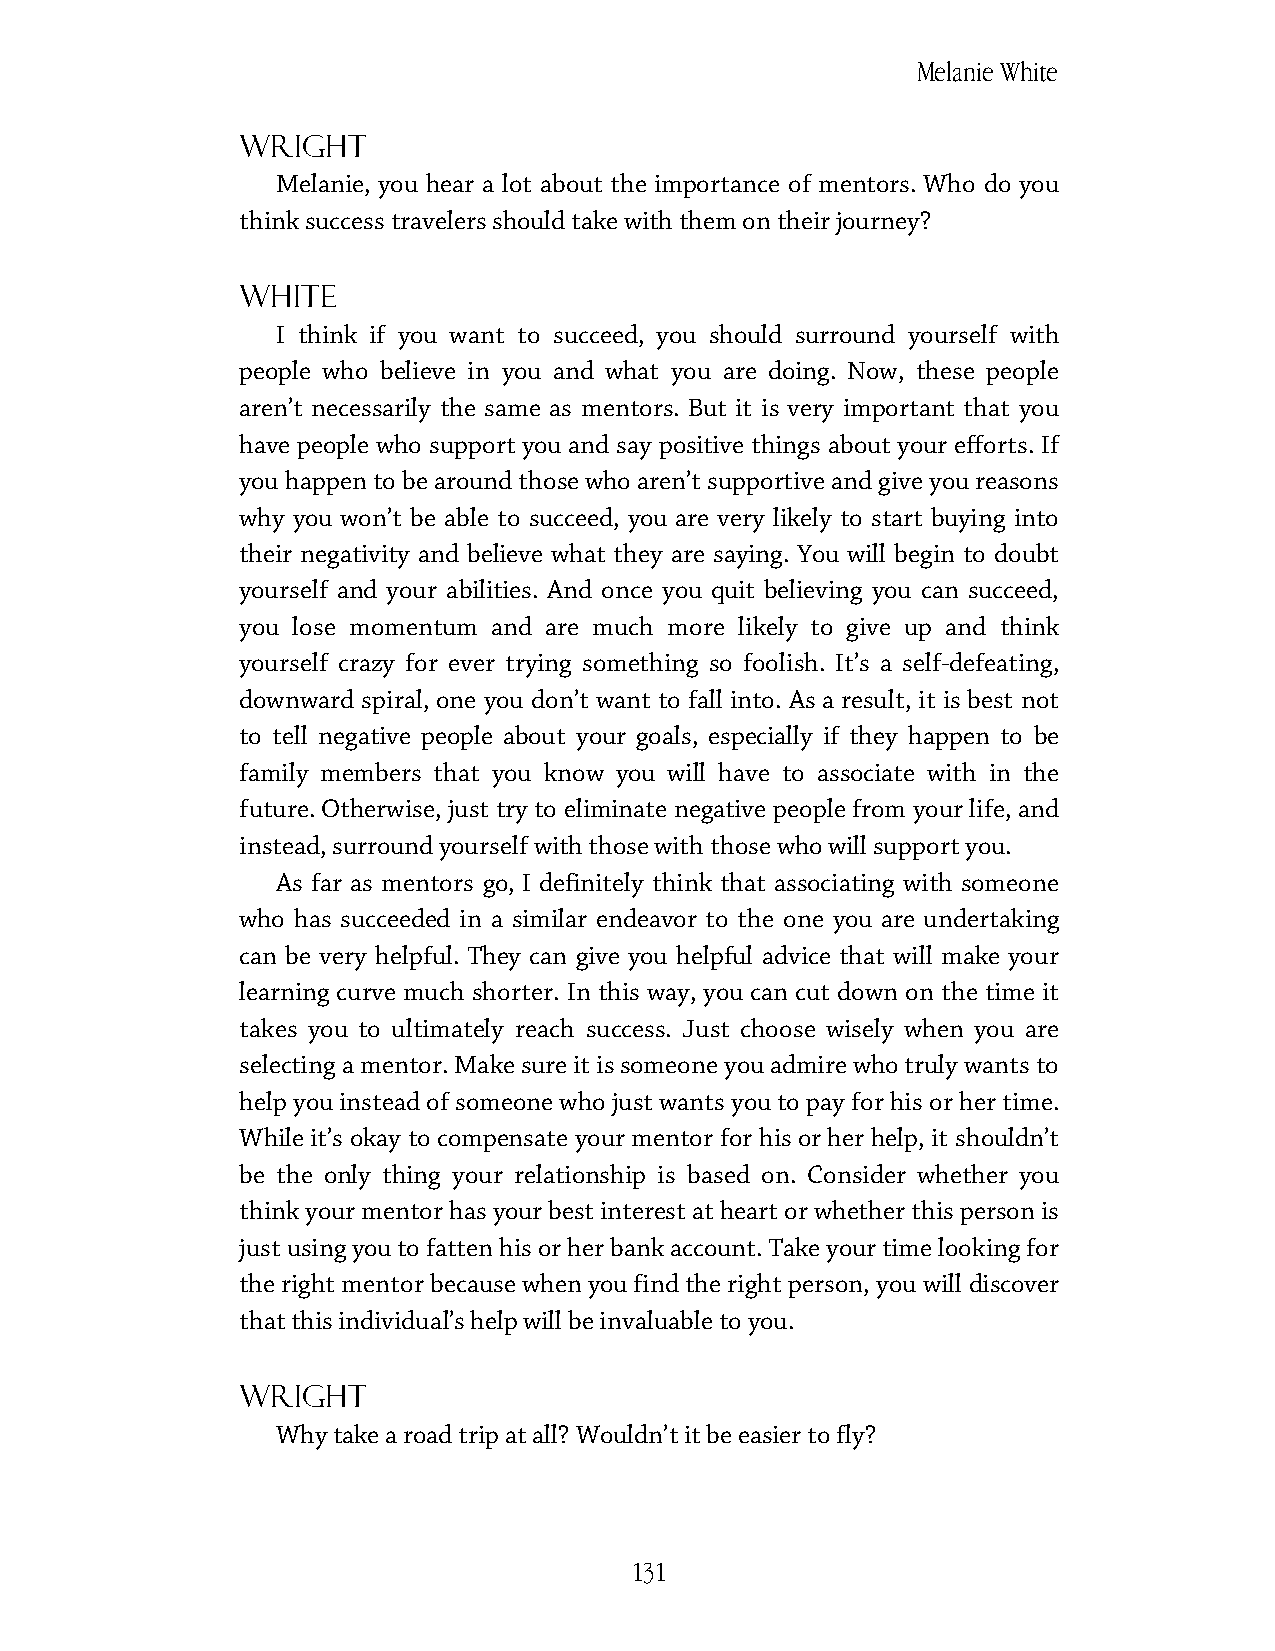
Melanie White
 Wright
 Melanie, you hear a lot about the importance of mentors. Who do you
 think success travelers should take with them on their journey?
 White
 I think if you want to succeed, you should surround yourself with
 people who believe in you and what you are doing. Now, these people
 aren’t necessarily the same as mentors. But it is very important that you
 have people who support you and say positive things about your efforts. If
 you happen to be around those who aren’t supportive and give you reasons
 why you won’t be able to succeed, you are very likely to start buying into
 their negativity and believe what they are saying. You will begin to doubt
 yourself and your abilities. And once you quit believing you can succeed,
 you lose momentum and are much more likely to give up and think
 yourself crazy for ever trying something so foolish. It’s a self-defeating,
 downward spiral, one you don’t want to fall into. As a result, it is best not
 to tell negative people about your goals, especially if they happen to be
 family members that you know you will have to associate with in the
 future. Otherwise, just try to eliminate negative people from your life, and
 instead, surround yourself with those with those who will support you.
 As far as mentors go, I definitely think that associating with someone
 who has succeeded in a similar endeavor to the one you are undertaking
 can be very helpful. They can give you helpful advice that will make your
 learning curve much shorter. In this way, you can cut down on the time it
 takes you to ultimately reach success. Just choose wisely when you are
 selecting a mentor. Make sure it is someone you admire who truly wants to
 help you instead of someone who just wants you to pay for his or her time.
 While it’s okay to compensate your mentor for his or her help, it shouldn’t
 be the only thing your relationship is based on. Consider whether you
 think your mentor has your best interest at heart or whether this person is
 just using you to fatten his or her bank account. Take your time looking for
 the right mentor because when you find the right person, you will discover
 that this individual’s help will be invaluable to you.
 Wright
 Why take a road trip at all? Wouldn’t it be easier to fly?
 131